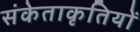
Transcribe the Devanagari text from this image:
संकेताकृतियों